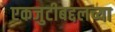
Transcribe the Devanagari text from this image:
एकजुटीबद्दलच्या